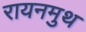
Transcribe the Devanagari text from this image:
रायनमुथ